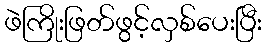
ဖဲကြိုးဖြတ်ဖွင့်လှစ်ပေးပြီး